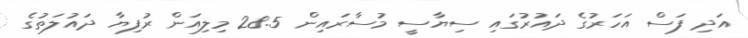
އަދި ފަސް އަހަރުގެ ދައުރުގައި ސިޔާސީ މުސާރައިން 28.5 މިލިއަން ރުފިޔާ ދައުލަތުގެ